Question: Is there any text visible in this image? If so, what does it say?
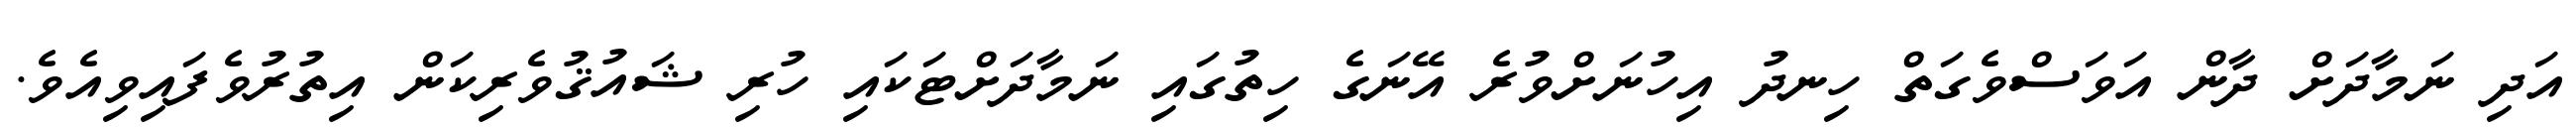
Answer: އަދި ނަމާދަށް ދާން އަވަސްވެގަތް ހިނދު އިހުނަށްވުރެ އޭނަގެ ހިތުގައި ނަމާދަށްޓަކައި ހުރި ޝައުޤުވެރިކަން އިތުރުވެފައިވިއެވެ.